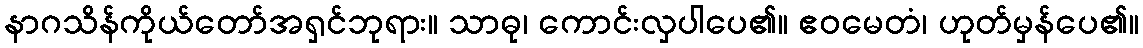
နာဂသိန်ကိုယ်တော်အရှင်ဘုရား။ သာဓု၊ ကောင်းလှပါပေ၏။ ဧဝမေတံ၊ ဟုတ်မှန်ပေ၏။